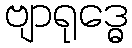
ဗျာရုဒ္ဓေ